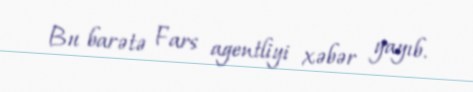
Bu barətə Fars agentliyi xəbər yayıb.